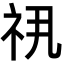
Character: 𬒯